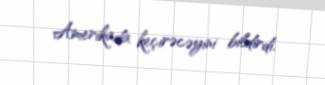
Amerikada keçirəcəyini bildirdi.